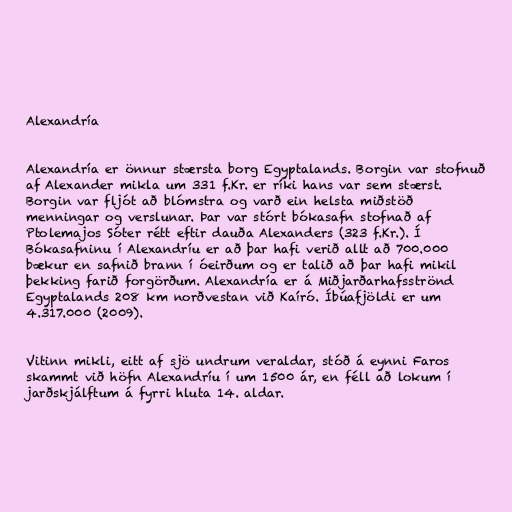
Alexandría

Alexandría er önnur stærsta borg Egyptalands. Borgin var stofnuð
af Alexander mikla um 331 f.Kr. er ríki hans var sem stærst.
Borgin var fljót að blómstra og varð ein helsta miðstöð
menningar og verslunar. Þar var stórt bókasafn stofnað af
Ptolemajos Sóter rétt eftir dauða Alexanders (323 f.Kr.). Í
Bókasafninu í Alexandríu er að þar hafi verið allt að 700.000
bækur en safnið brann í óeirðum og er talið að þar hafi mikil
þekking farið forgörðum. Alexandría er á Miðjarðarhafsströnd
Egyptalands 208 km norðvestan við Kaíró. Íbúafjöldi er um
4.317.000 (2009).

Vitinn mikli, eitt af sjö undrum veraldar, stóð á eynni Faros
skammt við höfn Alexandríu í um 1500 ár, en féll að lokum í
jarðskjálftum á fyrri hluta 14. aldar.